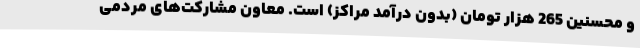
و محسنین 265 هزار تومان (بدون درآمد مراکز) است. معاون مشارکت‌های مردمی